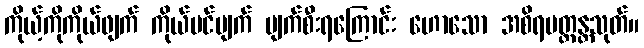
ကိုယ့်ကိုကိုယ်ဖျက် ကိုယ်ပင်ပျက် ပျက်စီးရကြောင်း ဟောသော အစိရပတ္တန္တသုတ်။